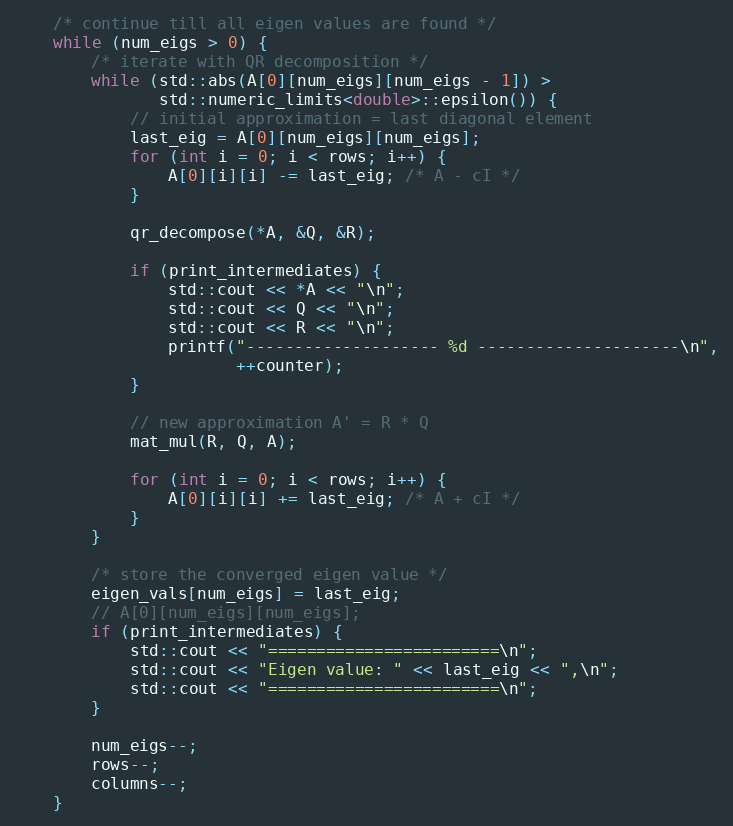
Language: C++
    /* continue till all eigen values are found */
    while (num_eigs > 0) {
        /* iterate with QR decomposition */
        while (std::abs(A[0][num_eigs][num_eigs - 1]) >
               std::numeric_limits<double>::epsilon()) {
            // initial approximation = last diagonal element
            last_eig = A[0][num_eigs][num_eigs];
            for (int i = 0; i < rows; i++) {
                A[0][i][i] -= last_eig; /* A - cI */
            }

            qr_decompose(*A, &Q, &R);

            if (print_intermediates) {
                std::cout << *A << "\n";
                std::cout << Q << "\n";
                std::cout << R << "\n";
                printf("-------------------- %d ---------------------\n",
                       ++counter);
            }

            // new approximation A' = R * Q
            mat_mul(R, Q, A);

            for (int i = 0; i < rows; i++) {
                A[0][i][i] += last_eig; /* A + cI */
            }
        }

        /* store the converged eigen value */
        eigen_vals[num_eigs] = last_eig;
        // A[0][num_eigs][num_eigs];
        if (print_intermediates) {
            std::cout << "========================\n";
            std::cout << "Eigen value: " << last_eig << ",\n";
            std::cout << "========================\n";
        }

        num_eigs--;
        rows--;
        columns--;
    }